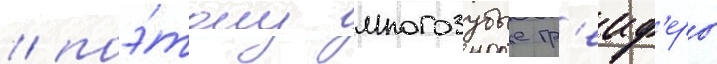
/ поэ́тому многозубые гр'еиф'еры